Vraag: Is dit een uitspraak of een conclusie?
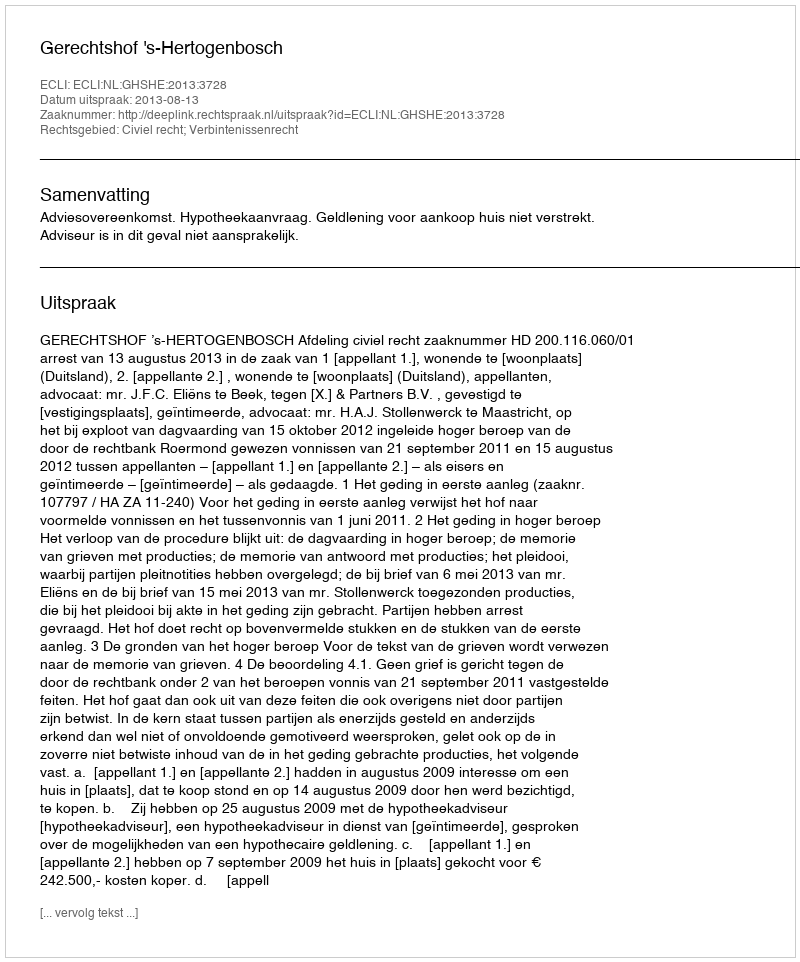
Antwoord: Uitspraak